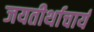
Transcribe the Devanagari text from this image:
जयतीर्थाचार्य